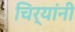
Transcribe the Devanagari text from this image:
चिर्‍यांनी